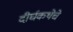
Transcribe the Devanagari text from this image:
दीर्घकथेचे